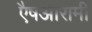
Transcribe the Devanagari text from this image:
एैषआरामी